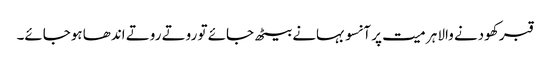
قبر کھودنے والا ہر میت پر آنسو بہانے بیٹھ جائے تو روتے روتے اندھا ہوجائے۔